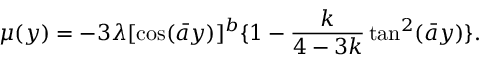
\mu ( y ) = - 3 \lambda [ \cos ( \bar { a } y ) ] ^ { b } \{ 1 - \frac { k } { 4 - 3 k } \tan ^ { 2 } ( \bar { a } y ) \} .